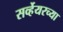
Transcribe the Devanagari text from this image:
सर्व्हेयरच्या